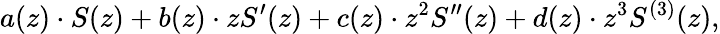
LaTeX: a(z)\cdot S(z)+b(z)\cdot zS^{\prime}(z)+c(z)\cdot z^{2}S^{\prime\prime}(z)+d(z)\cdot z^{3}S^{(3)}(z),